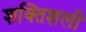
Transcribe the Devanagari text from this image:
शक्तिशली